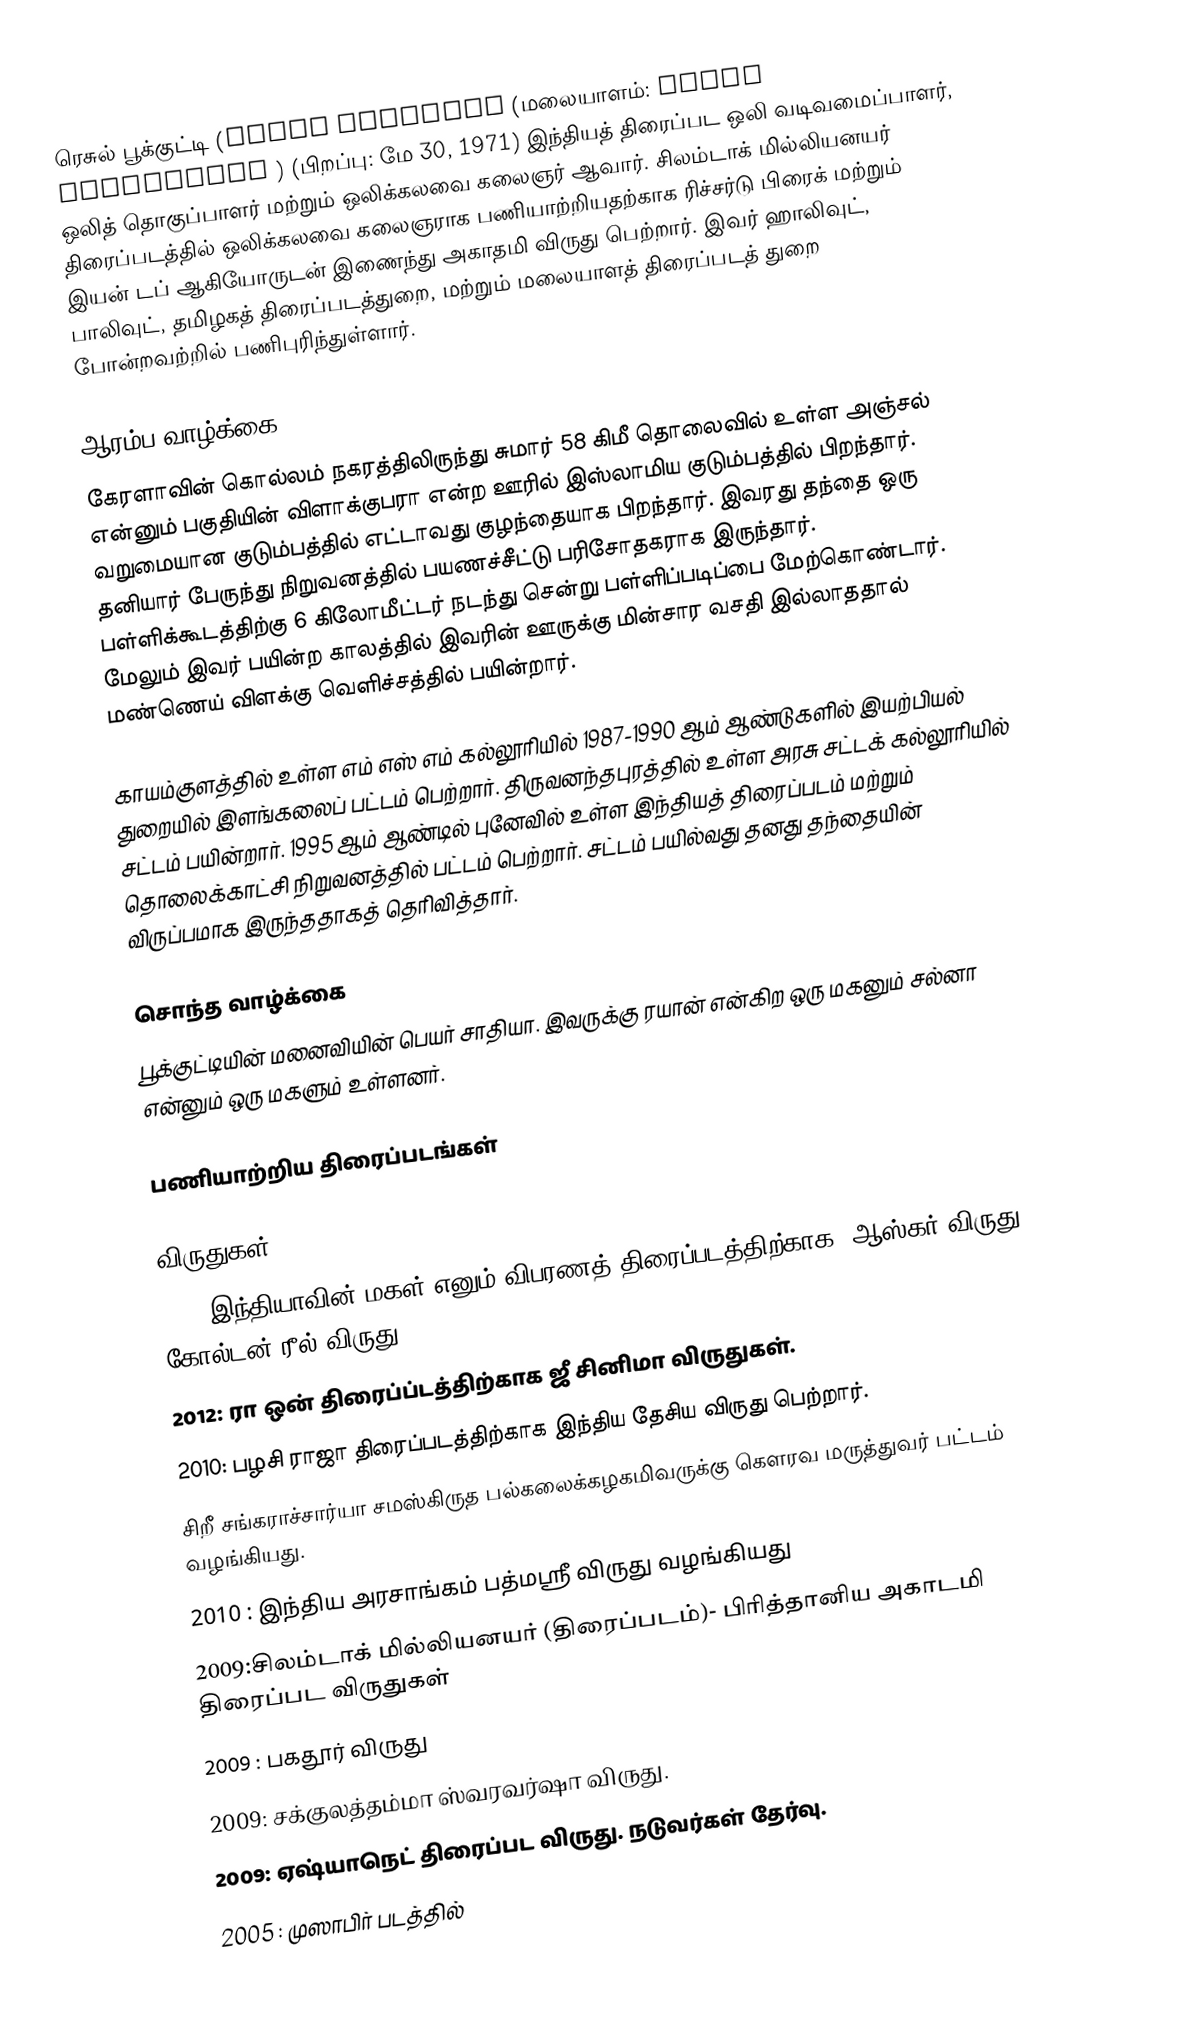
ரெசுல் பூக்குட்டி (Resul Pookutty (மலையாளம்: റസൂല് പൂക്കുട്ടി ) (பிறப்பு: மே 30, 1971) இந்தியத் திரைப்பட ஒலி வடிவமைப்பாளர், ஒலித் தொகுப்பாளர் மற்றும் ஒலிக்கலவை கலைஞர் ஆவார். சிலம்டாக் மில்லியனயர் திரைப்படத்தில் ஒலிக்கலவை கலைஞராக பணியாற்றியதற்காக ரிச்சர்டு பிரைக் மற்றும் இயன் டப் ஆகியோருடன் இணைந்து அகாதமி விருது பெற்றார். இவர் ஹாலிவுட், பாலிவுட், தமிழகத் திரைப்படத்துறை, மற்றும் மலையாளத் திரைப்படத் துறை போன்றவற்றில் பணிபுரிந்துள்ளார்.

ஆரம்ப வாழ்க்கை
கேரளாவின் கொல்லம் நகரத்திலிருந்து சுமார் 58 கிமீ தொலைவில் உள்ள அஞ்சல் என்னும் பகுதியின் விளாக்குபரா என்ற ஊரில் இஸ்லாமிய குடும்பத்தில் பிறந்தார். வறுமையான குடும்பத்தில் எட்டாவது குழந்தையாக பிறந்தார். இவரது தந்தை ஒரு தனியார் பேருந்து நிறுவனத்தில் பயணச்சீட்டு பரிசோதகராக இருந்தார். பள்ளிக்கூடத்திற்கு 6 கிலோமீட்டர் நடந்து சென்று பள்ளிப்படிப்பை மேற்கொண்டார். மேலும் இவர் பயின்ற காலத்தில் இவரின் ஊருக்கு மின்சார வசதி இல்லாததால் மண்ணெய் விளக்கு வெளிச்சத்தில் பயின்றார்.

காயம்குளத்தில் உள்ள எம் எஸ் எம் கல்லூரியில் 1987-1990 ஆம் ஆண்டுகளில் இயற்பியல் துறையில் இளங்கலைப் பட்டம் பெற்றார். திருவனந்தபுரத்தில் உள்ள அரசு சட்டக் கல்லூரியில் சட்டம் பயின்றார். 1995 ஆம் ஆண்டில் புனேவில் உள்ள இந்தியத் திரைப்படம் மற்றும் தொலைக்காட்சி நிறுவனத்தில் பட்டம் பெற்றார். சட்டம் பயில்வது தனது தந்தையின் விருப்பமாக இருந்ததாகத் தெரிவித்தார்.

சொந்த வாழ்க்கை
பூக்குட்டியின் மனைவியின் பெயர் சாதியா. இவருக்கு ரயான் என்கிற ஒரு மகனும் சல்னா என்னும் ஒரு மகளும் உள்ளனர்.

பணியாற்றிய திரைப்படங்கள்

விருதுகள்
 2016:இந்தியாவின் மகள் எனும் விபரணத் திரைப்படத்திற்காக  (ஆஸ்கர் விருது)- கோல்டன் ரீல் விருது
 2012: ரா ஒன் திரைப்ப்டத்திற்காக ஜீ சினிமா விருதுகள்.
 2010: பழசி ராஜா திரைப்படத்திற்காக இந்திய தேசிய விருது பெற்றார்.
 சிறீ சங்கராச்சார்யா சமஸ்கிருத பல்கலைக்கழகமிவருக்கு கௌரவ மருத்துவர் பட்டம் வழங்கியது.
2010 : இந்திய அரசாங்கம் பத்மஸ்ரீ விருது வழங்கியது
 2009:சிலம்டாக் மில்லியனயர் (திரைப்படம்)- பிரித்தானிய அகாடமி திரைப்பட விருதுகள்
 2009 : பகதூர் விருது
 2009: சக்குலத்தம்மா ஸ்வரவர்ஷா விருது.
 2009: ஏஷ்யாநெட் திரைப்பட விருது. நடுவர்கள் தேர்வு.
 2005 : முஸாபிர்  படத்தில்